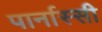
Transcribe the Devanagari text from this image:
पार्नास्सी